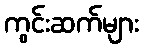
ကွင်းဆက်များ